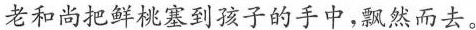
老和尚把鲜桃塞到孩子的手中，飘然而去。